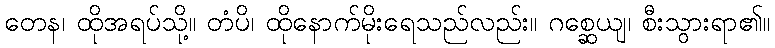
တေန၊ ထိုအရပ်သို့။ တံပိ၊ ထိုနောက်မိုးရေသည်လည်း။ ဂစ္ဆေယျ၊ စီးသွားရာ၏။